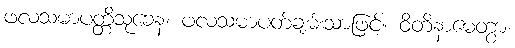
ဖလသမာပတ္တိသုခေန၊ ဖလသမာပတ်ချမ်းသာဖြင့်။ ဝိတိနာမေတွာ၊